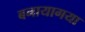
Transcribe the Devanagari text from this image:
बनायागया